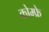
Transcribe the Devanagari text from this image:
कोम्फ्रे